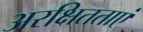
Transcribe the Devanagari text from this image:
अरक्षितताएं